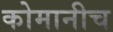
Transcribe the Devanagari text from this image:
कोमानीच